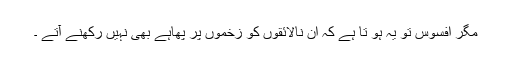
مگر افسوس تو یہ ہو تا ہے کہ ان نالائقوں کو زخموں پر پھاہے بھی نہیں رکھنے آتے ۔